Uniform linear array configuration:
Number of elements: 64
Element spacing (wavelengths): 0.75
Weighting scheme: uniform
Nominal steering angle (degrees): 45
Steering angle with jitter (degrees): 43.223
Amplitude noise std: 0.05
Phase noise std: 0.05

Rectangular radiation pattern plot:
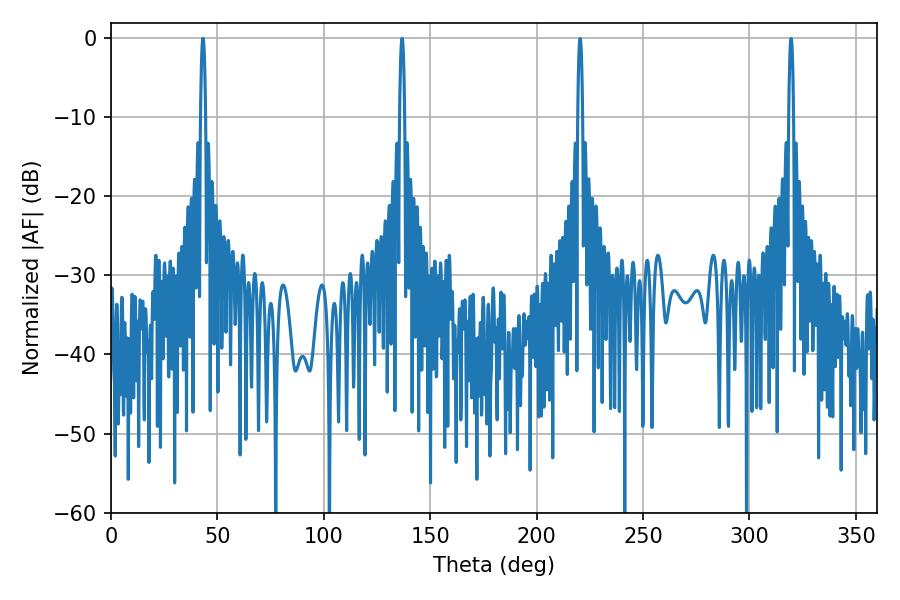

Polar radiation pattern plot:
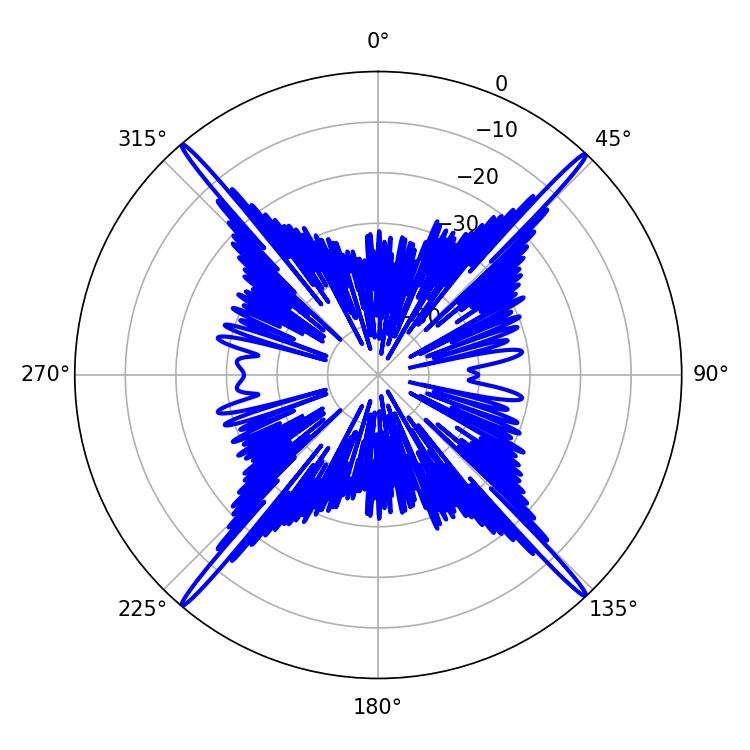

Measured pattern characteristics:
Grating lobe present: TRUE
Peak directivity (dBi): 27.829
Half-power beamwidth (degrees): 1.26
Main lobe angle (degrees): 43.2